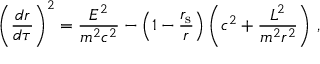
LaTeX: { \left( { \frac { d r } { d \tau } } \right) } ^ { 2 } = { \frac { E ^ { 2 } } { m ^ { 2 } c ^ { 2 } } } - \left( 1 - { \frac { r _ { \mathrm { { s } } } } { r } } \right) \left( c ^ { 2 } + { \frac { L ^ { 2 } } { m ^ { 2 } r ^ { 2 } } } \right) \, ,